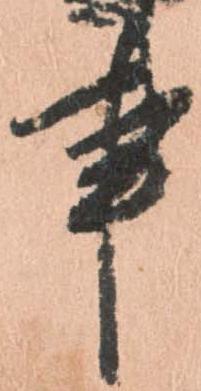
事